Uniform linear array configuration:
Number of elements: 4
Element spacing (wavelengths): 0.25
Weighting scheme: uniform
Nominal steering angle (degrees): -30
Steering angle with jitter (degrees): -30.904
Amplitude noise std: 0.05
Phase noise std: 0.05

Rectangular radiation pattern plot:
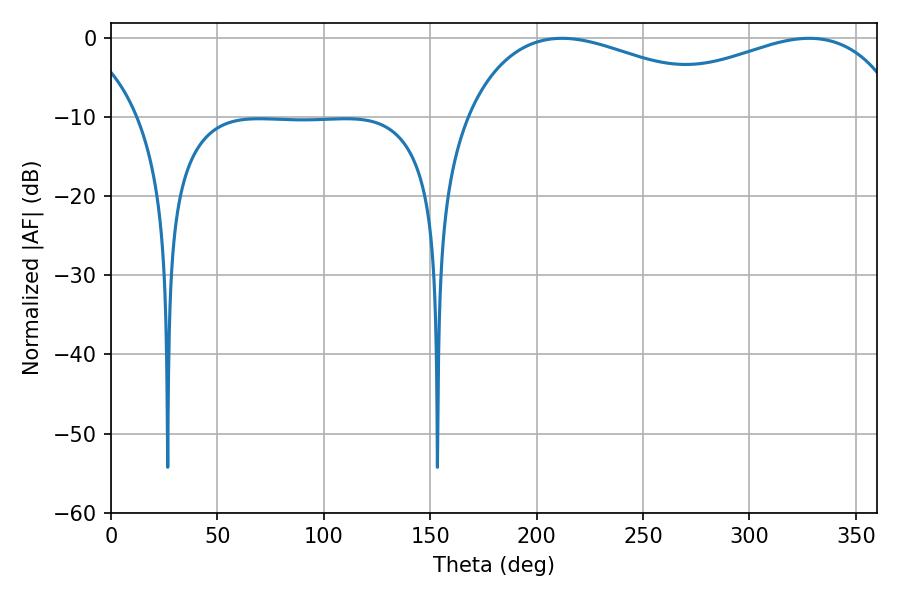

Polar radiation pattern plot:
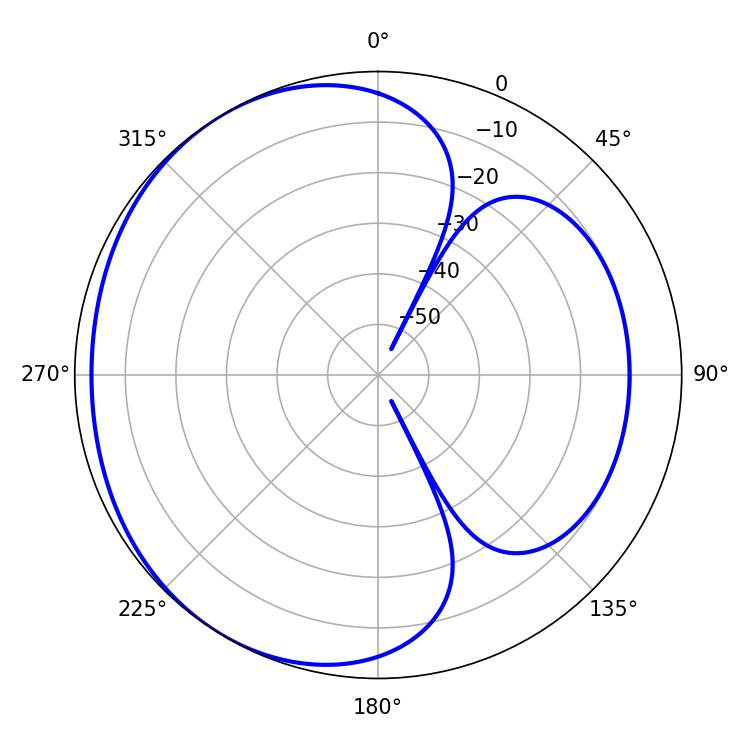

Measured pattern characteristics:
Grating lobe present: FALSE
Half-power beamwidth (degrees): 73.8
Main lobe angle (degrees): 211.86